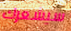
سيشعرك